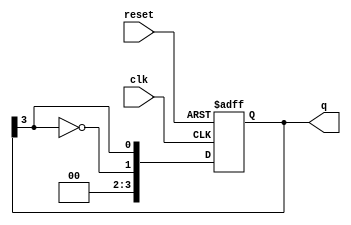
module JohnsonCounter #(
    parameter N = 4  // Number of flip-flops
)(
    input wire clk,       // Clock input
    input wire reset,     // Asynchronous reset
    output reg [N-1:0] q  // Output state
);

// Always block sensitive to the clock and the reset signal
always @(posedge clk or posedge reset) begin
    if (reset) begin
        // Reset the state to 0
        q <= 0;
    end else begin
        // Shift the state and feed back the inverted last flip-flop output
        q <= {~q[N-1], q[N-1:N-1]};  // Invert and shift
    end
end

endmodule